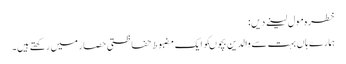
خطرہ مول لینے دیں:
ہمارے ہاں بہت سے والدین بچوںکو ایک مضبوط حفاظتی حصار میں رکھتے ہیں۔